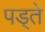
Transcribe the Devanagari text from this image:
पड्ते